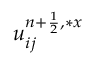
u _ { i j } ^ { { n + \frac { 1 } { 2 } } , \ast x }